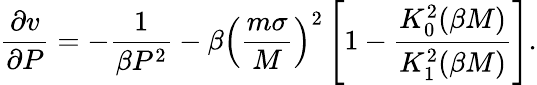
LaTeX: \frac{\partial v}{\partial P}=-\frac{1}{\beta P^{2}}-\beta\left(\frac{m\sigma}{M}\right)^{2}\left[1-\frac{K_{0}^{2}(\beta M)}{K_{1}^{2}(\beta M)}\right].